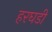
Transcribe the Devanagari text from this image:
हरघडी